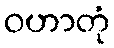
ဝဟာတုံ